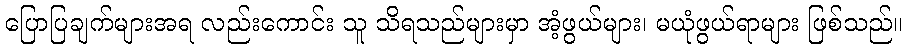
ပြောပြချက်များအရ လည်းကောင်း သူ သိရသည်များမှာ အံ့ဖွယ်များ၊ မယုံဖွယ်ရာများ ဖြစ်သည်။